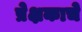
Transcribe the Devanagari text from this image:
प्रेक्षकाचे